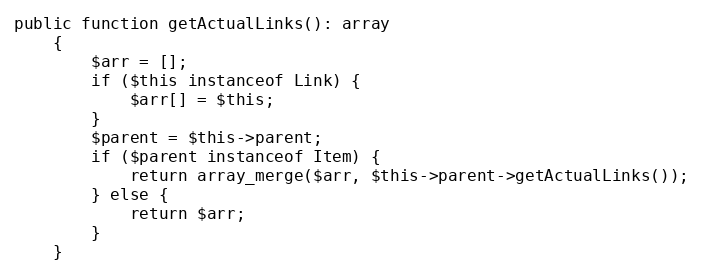
Language: PHP
public function getActualLinks(): array
	{
		$arr = [];
		if ($this instanceof Link) {
			$arr[] = $this;
		}
		$parent = $this->parent;
		if ($parent instanceof Item) {
			return array_merge($arr, $this->parent->getActualLinks());
		} else {
			return $arr;
		}
	}